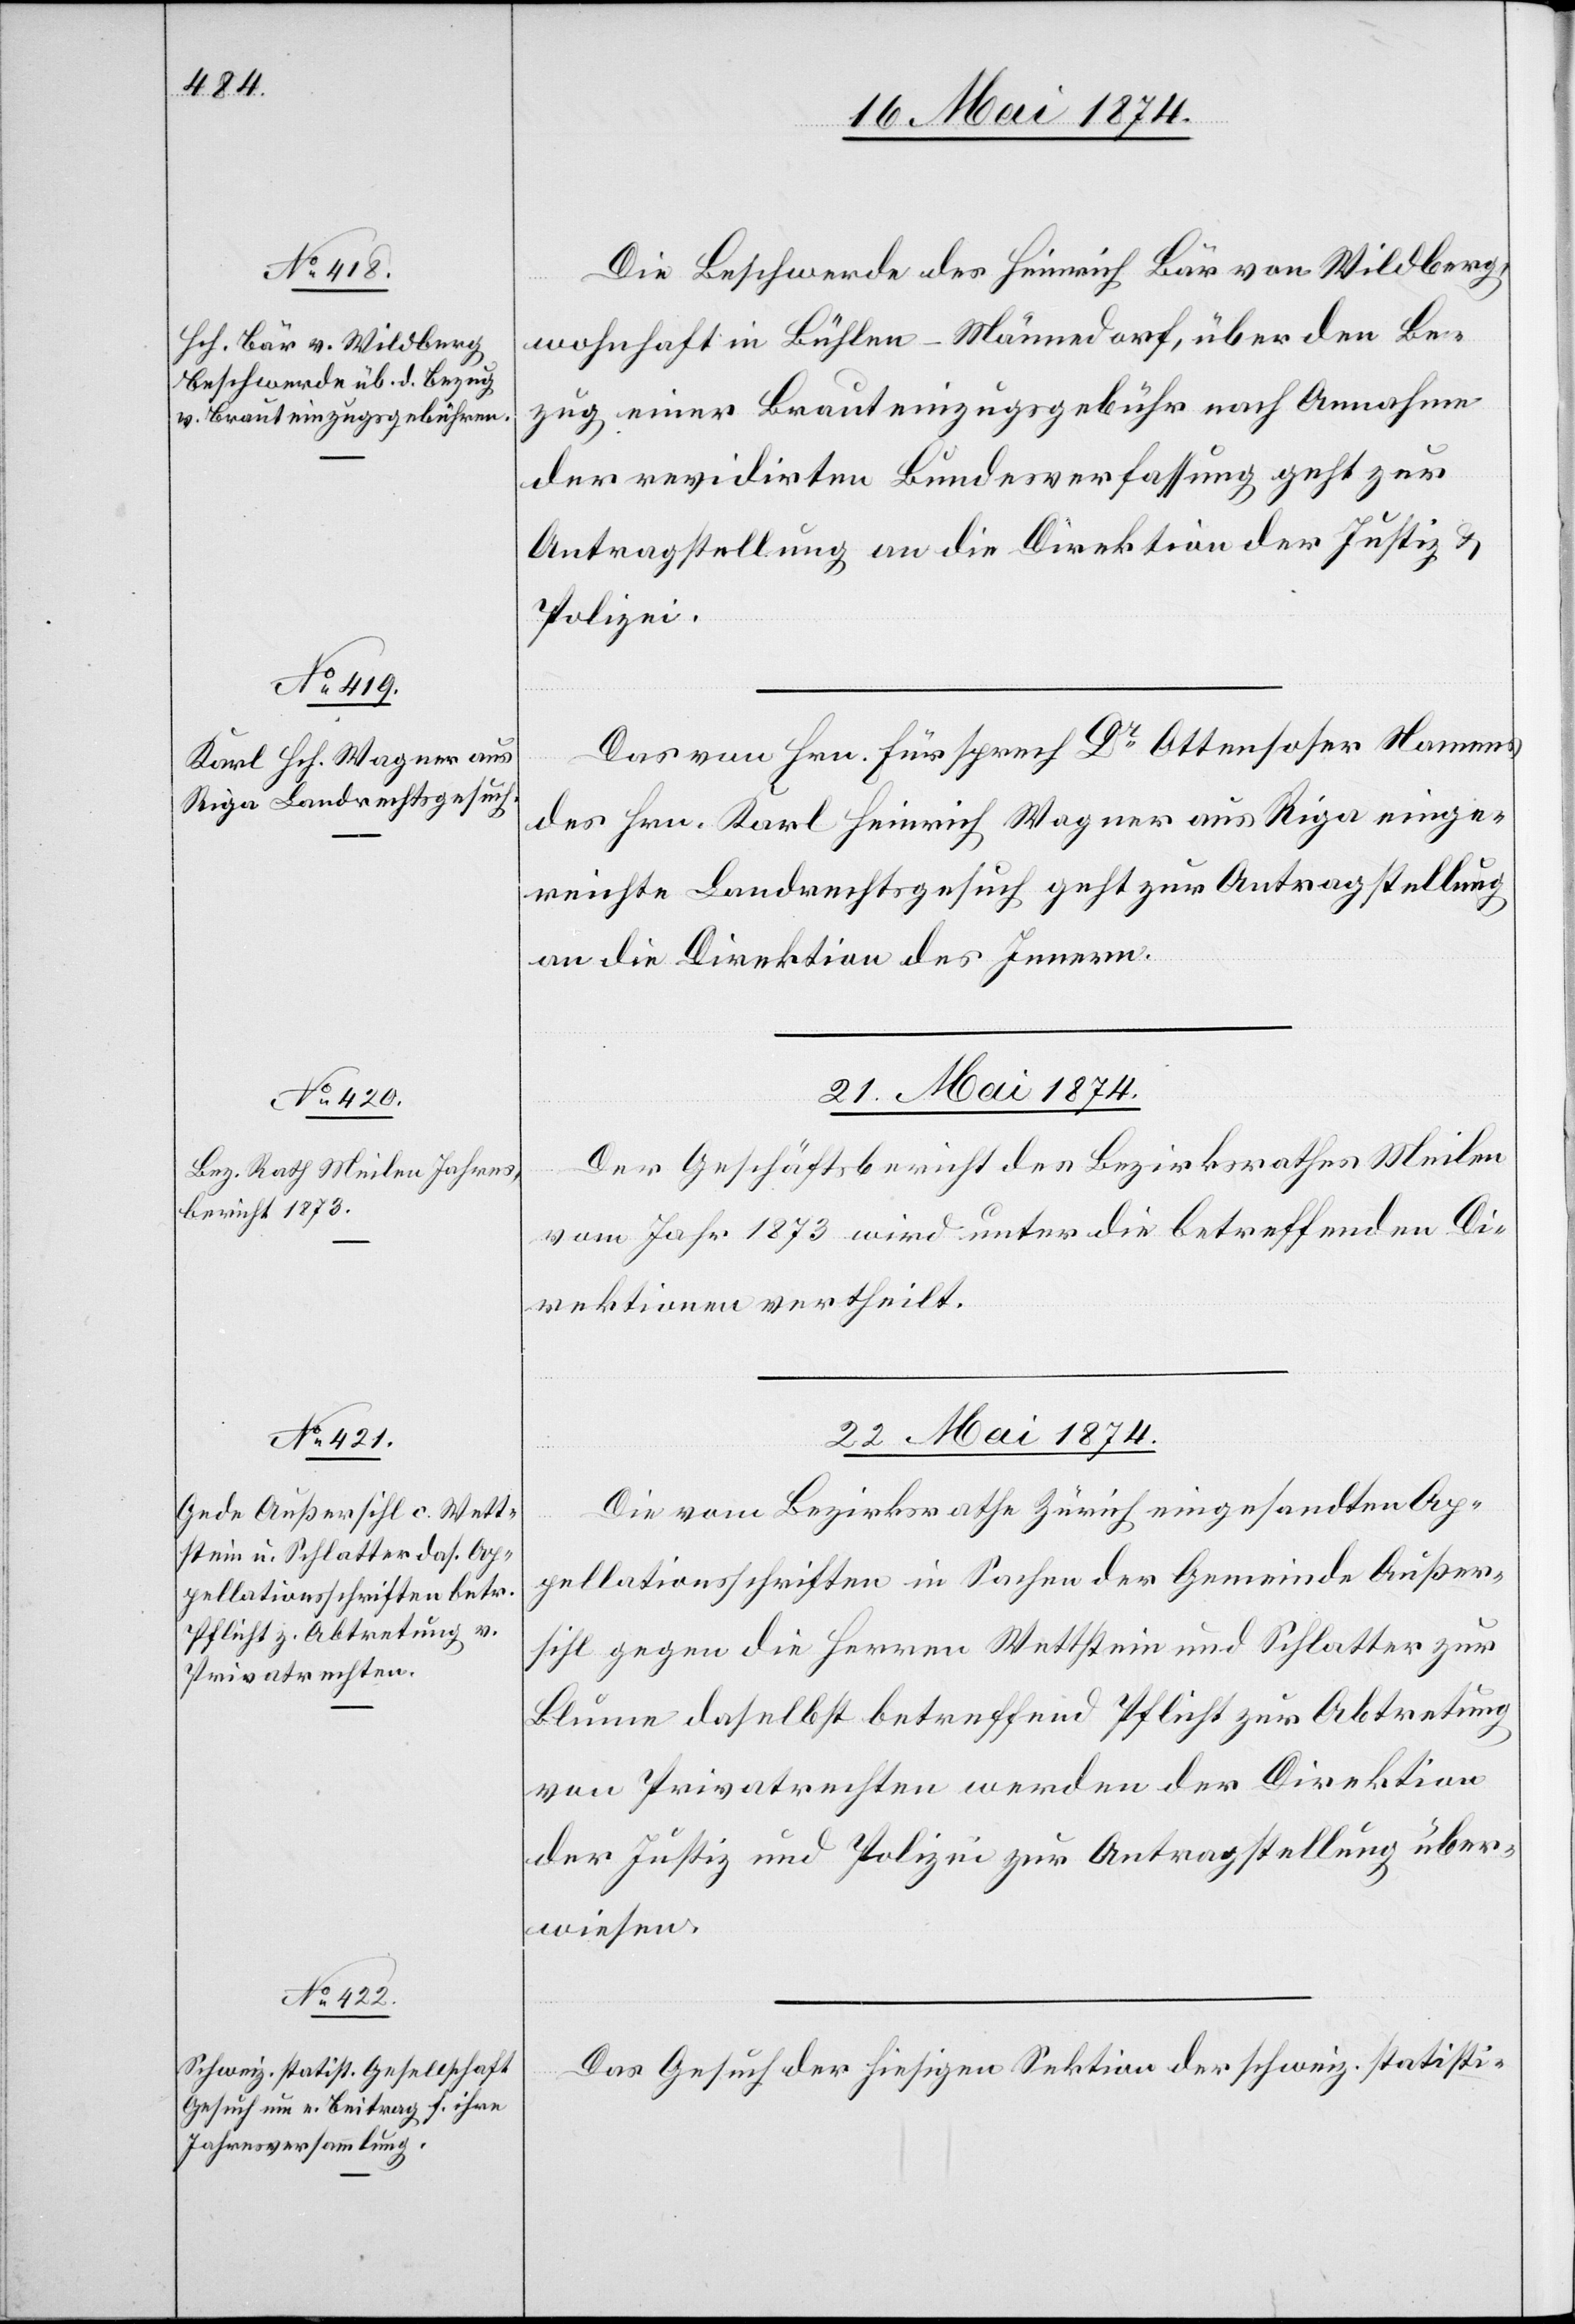
20. Mai 1874.]
Die Beschwerde des Heinrich Bär von Wildberg,
wohnhaft in Bühlen-Männedorf, über den Be¬
zug einer Brauteinzugsgebühr nach Annahme
der revidirten Bundesverfassung geht zur
Antragstellung an die Direktion der Justiz- u.
Polizei.
Das von Hrn. Fürsprech Dr Ottensoher Namens
des Hrn. Karl Heinrich Wagner aus Riga einge¬
reichte Landrechtsgesuch geht zur Antragstellung
an die Direktion des Innern.
21. Mai 1874.
Der Geschäftsbericht des Bezirksrathes Meilen
vom Jahr 1873 wird unter die betreffenden Di¬
rektionen vertheilt.
22. Mai 1874.]
Die vom Bezirksrathe Zürich eingesandten Ap¬
pellationsschriften in Sachen der Gemeinde Außer¬
sihl gegen die Herren Wettstein und Schlatter zur
Blume daselbst betreffend Pflicht zur Abtretung
von Privatrechten werden der Direktion
der Justiz und Polizei zur Antragstellung über¬
wiesen.
Das Gesuch der hiesigen Sektion der schweiz. statisti-